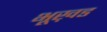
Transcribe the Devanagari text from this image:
भूख़ड